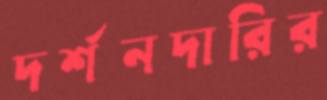
দর্শনদারির